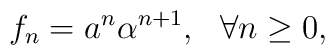
f_n=a^n\alpha ^{n+1},\ \ \forall n\geq 0,\ \